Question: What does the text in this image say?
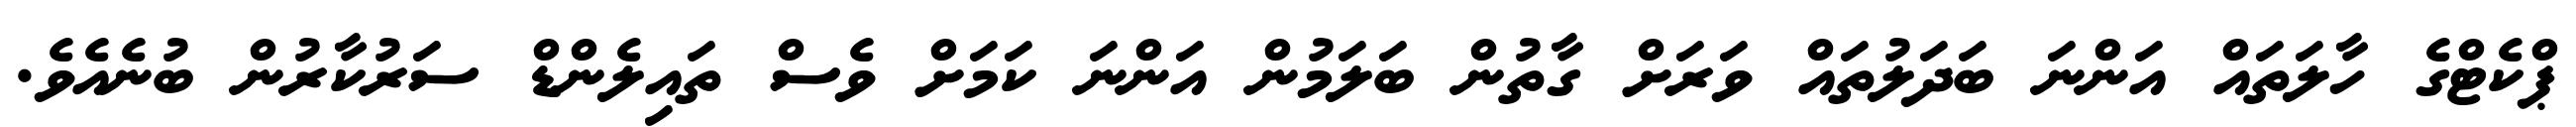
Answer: ޕްކެޓްގެ ހާލަތައް އަންނަ ބަދަލުތައް ވަރަށް ގާތުން ބަލަމުން އަންނަ ކަމަށް ވެސް ތައިލެންޑް ސަރުކާރުން ބުނެއެވެ.